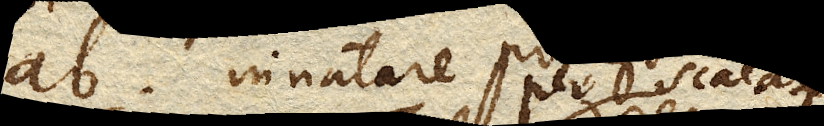
ab. innatare per scalam